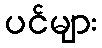
ပင်များ